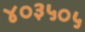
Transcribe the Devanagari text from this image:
४०३५०५